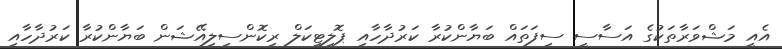
އެއީ މަޝްވަރާތަކުގެ އަސާސީ ސިފަތައް ބަޔާންކުރާ ކަރުދާހާއި ޕޮލިޓިކަލް ރިކޮންސިލިއޭޝަން ބަޔާންކުރާ ކަރުދާހާއި